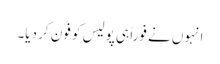
انہوں نے فوراً ہی پولیس کو فون کر دیا۔